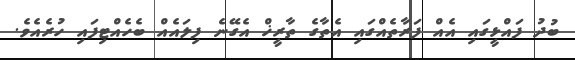
ބުދު ފައްޅީގައި އެއް ފަރާތެއްގައި އެތާގެ ތާރީޚް އެގޭނެ ފިލައެއް ބެހެއްޓިފައި ހުރެއެވެ.